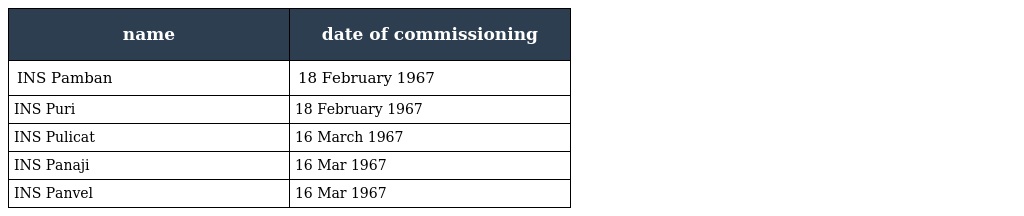
| name | date of commissioning |
 | --- | --- |
 | INS Pamban | 18 February 1967 |
 | INS Puri | 18 February 1967 |
 | INS Pulicat | 16 March 1967 |
 | INS Panaji | 16 Mar 1967 |
 | INS Panvel | 16 Mar 1967 |